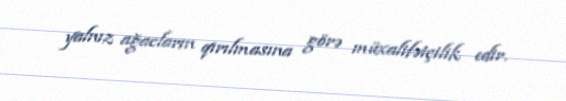
yalnız ağacların qırılmasına görə müxalifətçilik edir.